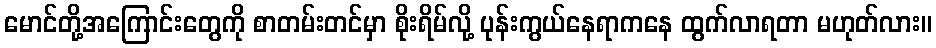
မောင်တို့အကြောင်းတွေကို စာတမ်းတင်မှာ စိုးရိမ်လို့ ပုန်းကွယ်နေရာကနေ ထွက်လာရတာ မဟုတ်လား။